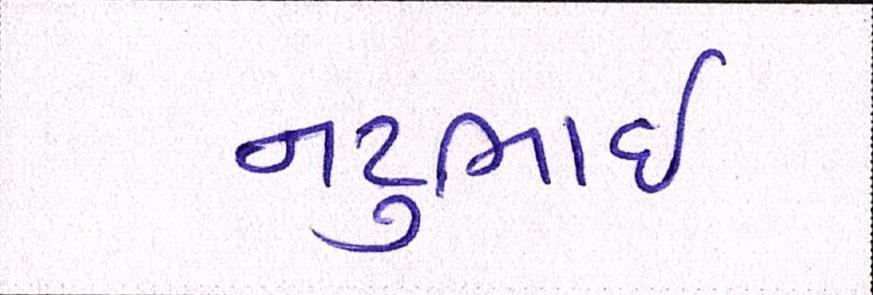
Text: નટુભાઈ